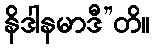
နိဒါနမာဒီ”တိ။